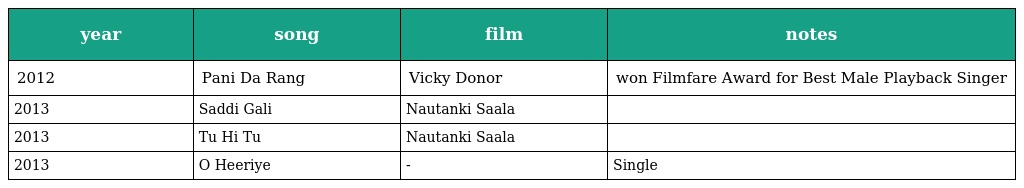
| year | song | film | notes |
 | --- | --- | --- | --- |
 | 2012 | Pani Da Rang | Vicky Donor | won Filmfare Award for Best Male Playback Singer |
 | 2013 | Saddi Gali | Nautanki Saala |  |
 | 2013 | Tu Hi Tu | Nautanki Saala |  |
 | 2013 | O Heeriye | - | Single |